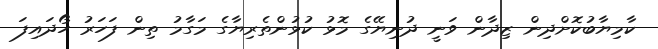
ކާމިޔާބުކޮށްދިން ޒިދާން ވަނީ ދުނިޔޭގެ މޮޅު ކުޅުންތެރިޔާގެ މަގާމު ތިން ފަހަރު ހޯދައިފަ